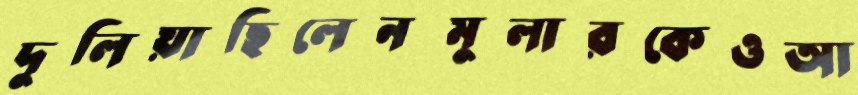
দুলিয়াছিলেনমুলারকেওআ